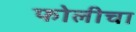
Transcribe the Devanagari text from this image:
फोलीचा